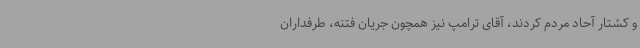
و کشتار آحاد مردم کردند، آقای ترامپ نیز همچون جریان فتنه، طرفداران